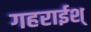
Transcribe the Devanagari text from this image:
गहराईश्